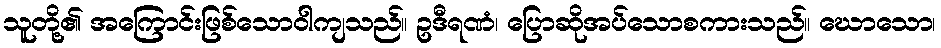
သူတို့၏ အကြောင်းဖြစ်သောဝါကျသည်။ ဥဒီရဏံ၊ ပြောဆိုအပ်သောစကားသည်။ ဃောသော၊